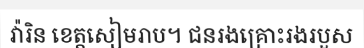
វ៉ារិន ខេត្តសៀមរាប។ ជនរងគ្រោះរងរបួស